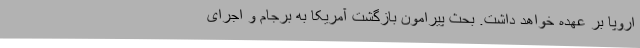
اروپا بر عهده خواهد داشت‌. بحث پیرامون بازگشت آمریکا به برجام و اجرای